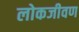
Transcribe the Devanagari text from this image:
लोकजीवण